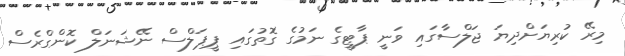
މިރޭ ކުރިޔަށްދިޔަ ޖަލްސާގައި ވަނީ ޕާޓީގެ ނަމުގެ ގޮތުގައި ޕީޕަލްސް ނޭޝަނަލް ކޮންގްރެސް